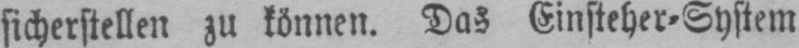
sicherstellen zu können. Das Einsteher⸗System